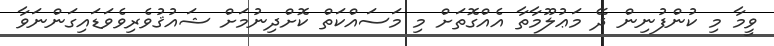
ވީމާ މި ކުންފުނިން ދޭ މަޢުލޫމާތާ އެއްގޮތަށް މި މަސައްކަތް ކޮށްދިނުމަށް ޝައުޤުވެރިވެވަޑައިގަންނަވާ